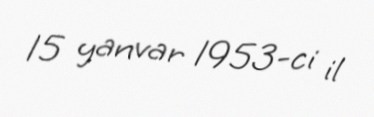
15 yanvar 1953-ci il